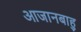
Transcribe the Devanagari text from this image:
आजानबाहु